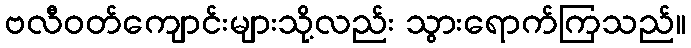
ဗလီဝတ်ကျောင်းများသို့လည်း သွားရောက်ကြသည်။